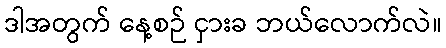
ဒါအတွက် နေ့စဉ် ငှားခ ဘယ်လောက်လဲ။